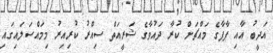
އަދީބު އާއި ޕާޕާގެ މައްޗަށް ކުރާ ދައުވާގެ ޝަރީއަތް ސިއްރު ކުރިއިރު މިމައްސަލައިގައި